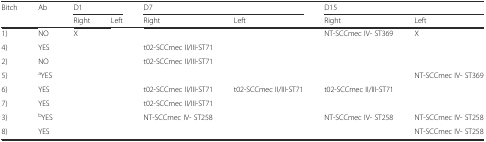
| Bitch | Ab | <COLSPAN=2> D1 | <COLSPAN=2> D7 | <COLSPAN=2> D15 |
 |  |  | Right | Left | Right | Left | Right | Left |
 | --- | --- | --- | --- | --- | --- | --- | --- |
 | 1) | NO | X |  |  |  | NT-SCCmec IV- ST369 | X |
 | 4) | YES |  |  | t02-SCCmec II/III-ST71 |  |  |  |
 | 2) | NO |  |  | t02-SCCmec II/III-ST71 |  |  |  |
 | 5) | aYES |  |  |  |  |  | NT-SCCmec IV- ST369 |
 | 6) | YES |  |  | t02-SCCmec II/III-ST71 | t02-SCCmec II/III-ST71 | t02-SCCmec II/III-ST71 |  |
 | 7) | YES |  |  | t02-SCCmec II/III-ST71 |  |  |  |
 | 3) | bYES |  |  | NT-SCCmec IV- ST258 |  | NT-SCCmec IV- ST258 | NT-SCCmec IV- ST258 |
 | 8) | YES |  |  |  |  |  | NT-SCCmec IV- ST258 |